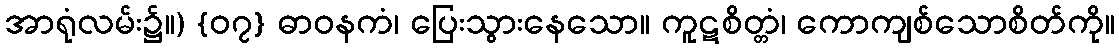
အာရုံလမ်း၌။) {၀၇} ဓာဝနကံ၊ ပြေးသွားနေသော။ ကူဋစိတ္တံ၊ ကောကျစ်သောစိတ်ကို။